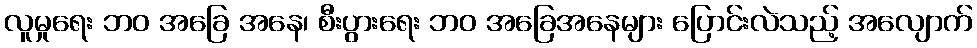
လူမှုရေး ဘဝ အခြေ အနေ၊ စီးပွားရေး ဘဝ အခြေအနေများ ပြောင်းလဲသည့် အလျောက်